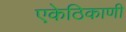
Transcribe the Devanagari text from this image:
एकेठिकाणी